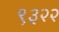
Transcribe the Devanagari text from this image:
९३२२